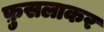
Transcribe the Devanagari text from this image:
फ़ुसलाकर